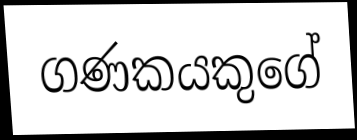
ගණකයකුගේ